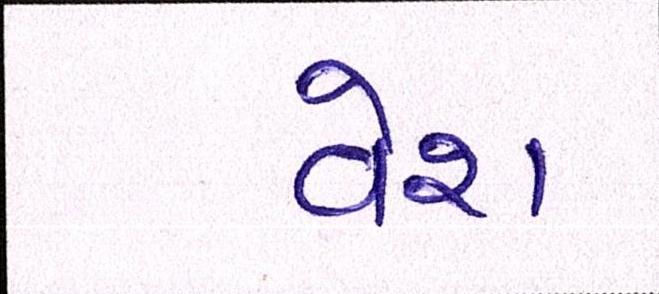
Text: વેશ